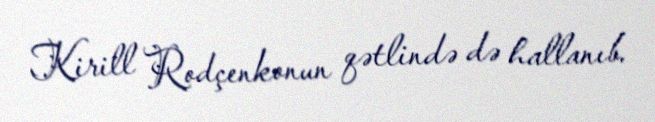
Kirill Rodçenkonun qətlində də hallanıb.